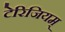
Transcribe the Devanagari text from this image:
टेरिजियम्